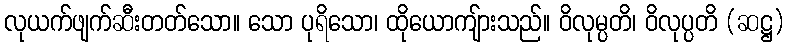
လုယက်ဖျက်ဆီးတတ်သော။ သော ပုရိသော၊ ထိုယောကျ်ားသည်။ ဝိလုမ္ပတိ၊ ဝိလုပ္ပတိ (ဆဋ္ဌ)